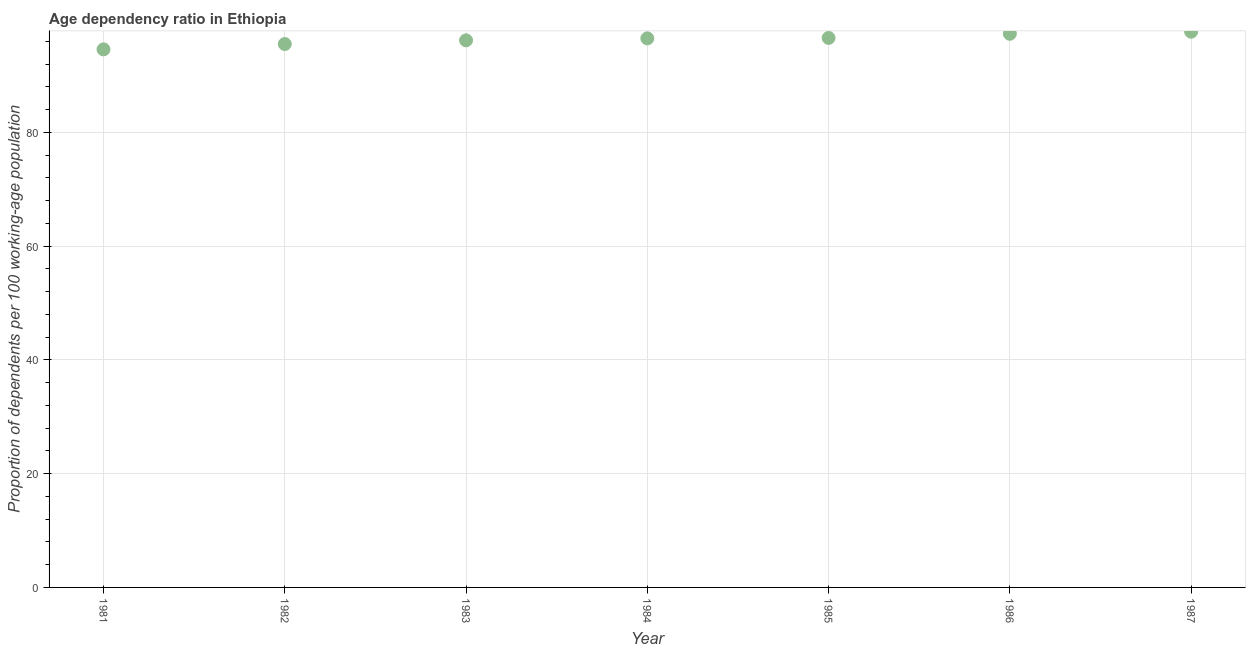
| Year | Age dependency ratio (% of working-age population) |
 | --- | --- |
 | 1981 | 94.6 |
 | 1982 | 95.5 |
 | 1983 | 96.2 |
 | 1984 | 96.5 |
 | 1985 | 96.6 |
 | 1986 | 97.3 |
 | 1987 | 97.7 |